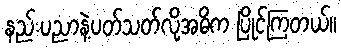
နည်းပညာနဲ့ပတ်သတ်လို့အဓိက ပြိုင်ကြတယ်။